Madras plague regulations and rules for district municipalities and other towns and villages
Disease focus: Plague
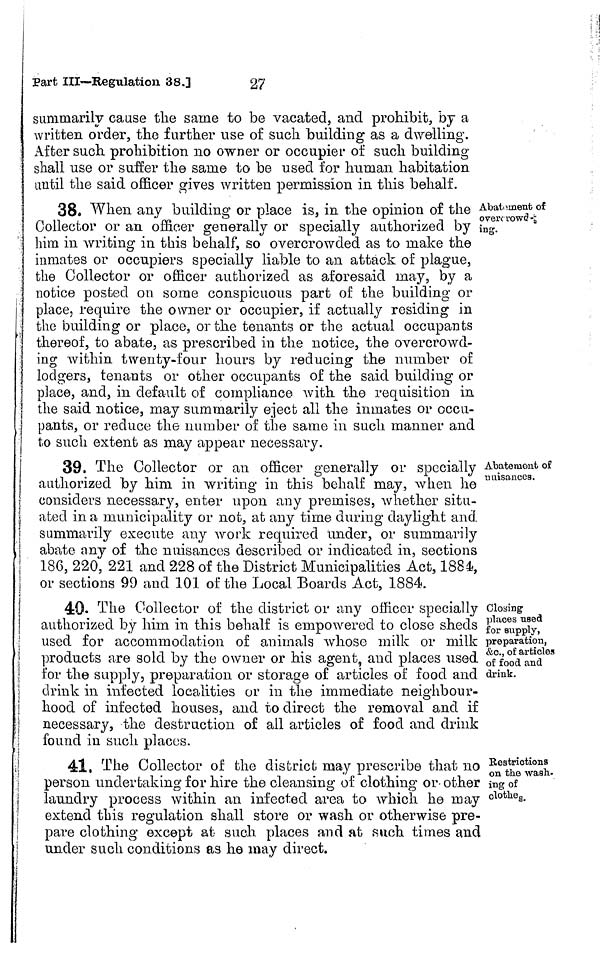
Part Ill—Regulation 38.]
27
summarily cause the same to be vacated, and prohibit, by a
written order, the further use of such building as a dwelling.
After such prohibition no owner or occupier of such building
shall use or suffer the sanie to be used for human habitation
until the said officer gives written permission in this behalf.
Abatement of
overcrowd
ing.
38. When, any building or place is, in the opinion of the
Collector or an officer generally or specially authorized by
him in writing in this behalf, so overcrowded as to make the
inmates or occupiers specially liable to an attack of plague,
the Collector or officer authorized as aforesaid may, by a
notice posted on some conspicuous part of the building or
place, require the owner or occupier, if actually residing in
the building or place, or the tenants or the actual occupants
thereof, to abate, as prescribed in the notice, the overcrowd-
ing within twenty-four hours by reducing the number of
lodgers, tenants or other occupants of the said building or
place, and, in default of compliance with the requisition in
the said notice, may summarily eject all the inmates or occu-
pants, or reduce the number of the same in such manner and
to such extent as may appear necessary.
Abatement of
nuisances.
39. The Collector or an officer generally or specially
authorized by him in writing in this behalf may, when he
considers necessary, enter upon any premises, whether situ-
ated in a municipality or not, at any time during daylight and.
summarily execute any work required under, or summarily
abate any of the nuisances described or indicated in, sections
186, 220, 221 and 228 of the District Municipalities Act, 1884,
or sections 99 and 101 of the Local Boards Act, 1884.
Closing
places used
for supply,
preparation,
&c., of articles
of food and
drink.
40. The Collector of the district or any officer
specially
authorized by him in this behalf is empowered to close sheds
used for accommodation of animals whose milk or milk
products are sold by the owner or his agent, and places used,
for the supply, preparation or storage of articles of food and
drink in infected localities or in the immediate neighbour-
hood of infected houses, and to direct the removal and if
necessary, the destruction of ail articles of food and drink
found in such places.
Restrictions
on the wash-
ing of
clothes
41, The Collector of the district may prescribe that no
person undertaking for hire the cleansing of clothing or- other
laundry process within an infected area to which he may
extend this regulation shall store or wash or otherwise pre-
pare clothing except at such places and at such times and
under such conditions as he may direct.